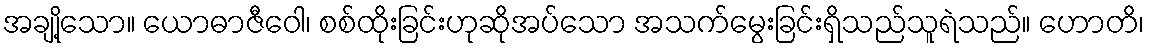
အချို့သော။ ယောဓာဇီဝေါ၊ စစ်ထိုးခြင်းဟုဆိုအပ်သော အသက်မွေးခြင်းရှိသည်သူရဲသည်။ ဟောတိ၊